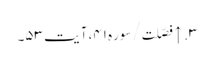
۳. ↑ فصّلت/سوره۴۱، آیت ۵۳۔